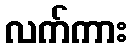
လက်ကား